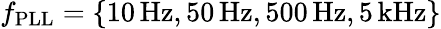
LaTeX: f_{\mathrm{PLL}}=\{ 10\, \mathrm{Hz},50\, \mathrm{Hz},500\, \mathrm{Hz},5\, \mathrm{kHz}\}